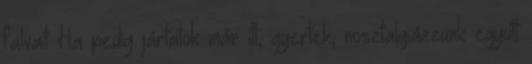
falvait Ha pedig jártatok már itt, gyertek, nosztalgiázzunk együtt